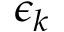
\epsilon _ { k }